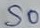
Text: S0